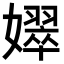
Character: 𡣝